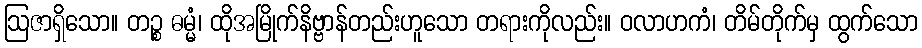
ဩဇာရှိသော။ တဉ္စ ဓမ္မံ၊ ထိုအမြိုက်နိဗ္ဗာန်တည်းဟူသော တရားကိုလည်း။ ဝလာဟကံ၊ တိမ်တိုက်မှ ထွက်သော